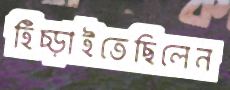
হিঁচ্‌ড়াইতেছিলেন